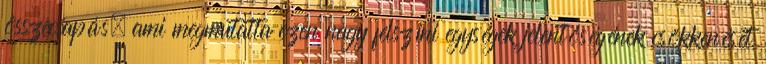
összecsapás, ami megmutatta ezen nagy felszíni egységek jelentőségének csökkenését